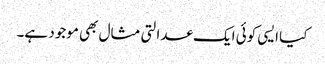
کیا ایسی کوئی ایک عدالتی مثال بھی موجود ہے۔